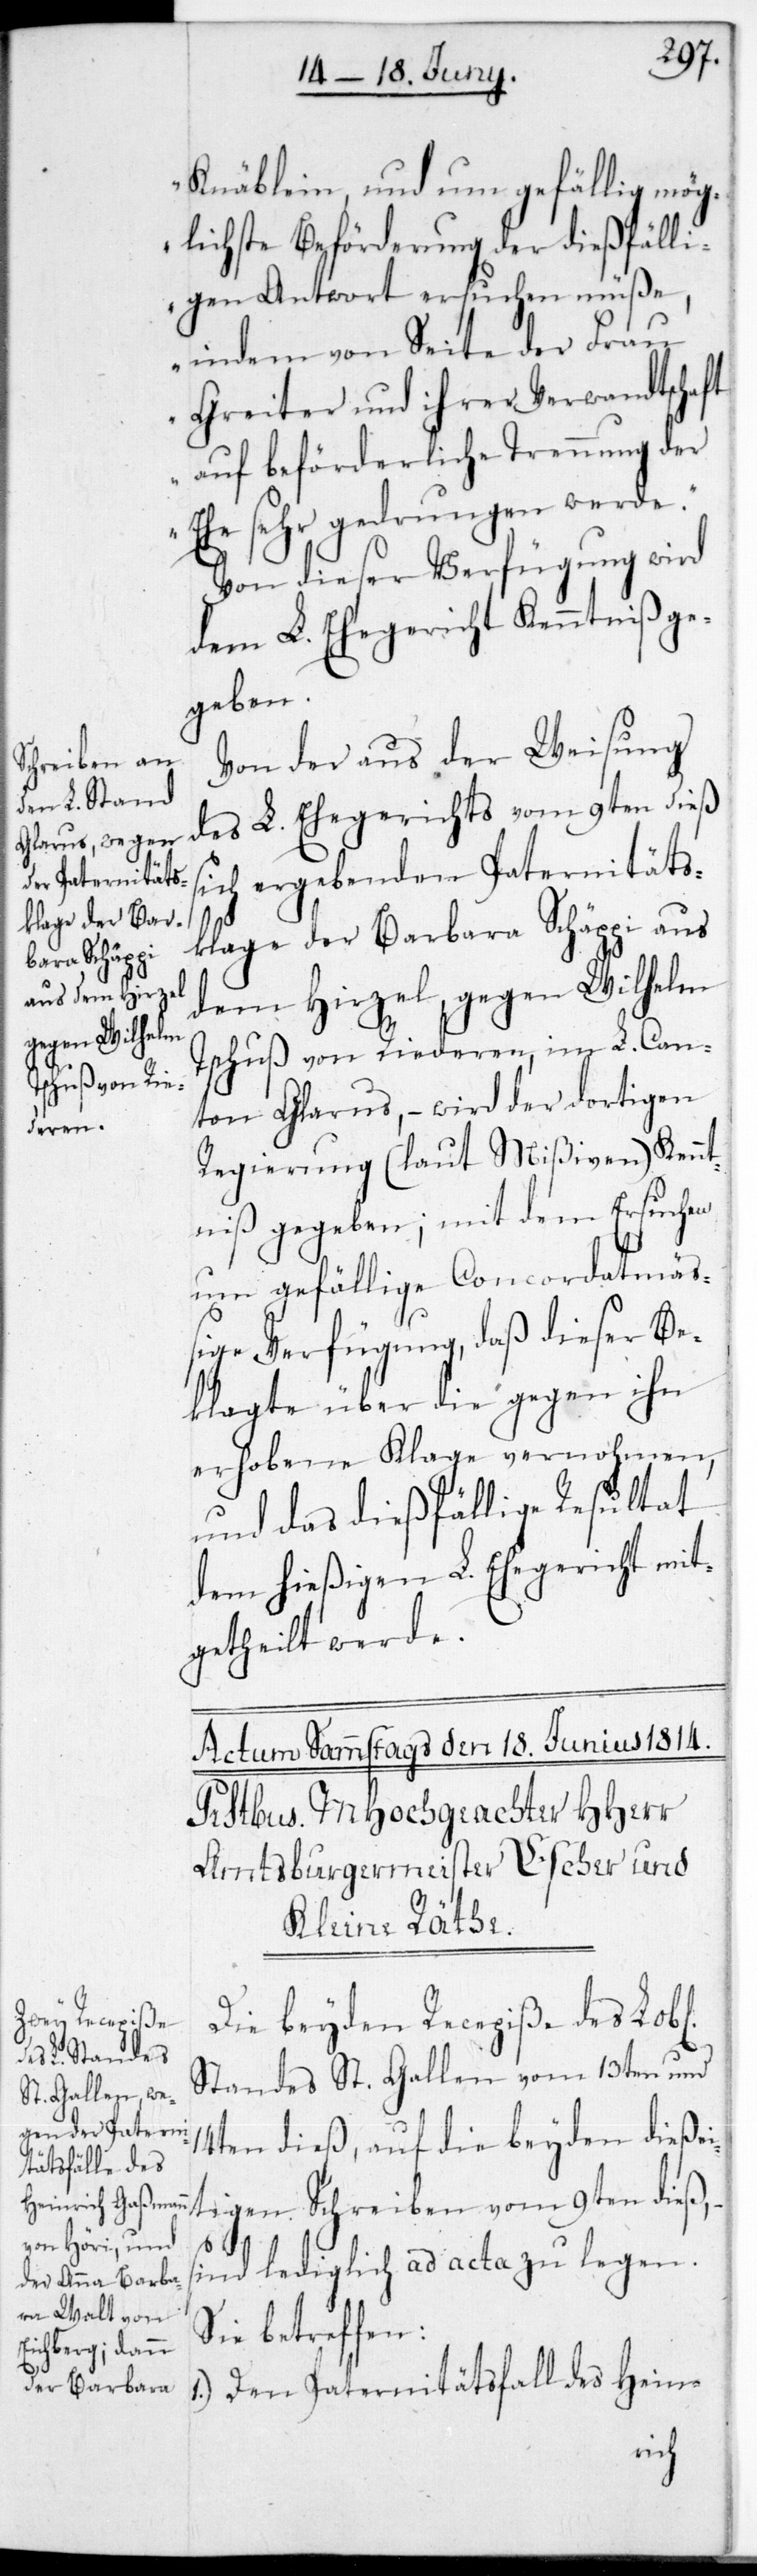
Knäblein, und um gefällig mög¬
lichste Beförderung der dießfälli¬
gen Antwort ersuchen müße,
indem von Seite der Frau
Greiter und ihrer Verwandtschaft
auf beförderliche Trennung der
Ehe sehr gedrungen werde.“
Von dieser Verfügung wird
dem L. Ehegericht Kenntniß ge¬
geben.
Von der aus der Weisung
des L. Ehegerichts vom 9ten dieß
sich ergebenden Paternitäts¬
klage der Barbara Schäppi aus
dem Hirzel, gegen Wilhelm
Tschuß von Riederen im L. Can¬
ton Glarus, – wird der dortigen
Regierung (laut Mißiven) Kenn¬
tniß gegeben; mit dem Ersuchen,
um gefällige concordatmä¬
ßige Verfügung, daß dieser Be¬
klagte über die gegen ihn
erhobene Klage vernommen,
und das dießfällige Resultat
dem hießigen L. Ehegericht mit¬
getheilt werde.
Die beyden Recepiße des L.
Standes St. Gallen vom 13ten und
14ten dieß, auf die beyden dießei¬
tigen Schreiben vom 9ten dieß,
sind lediglich ad acta zu legen.
Sie betreffen:
1.) Den Paternitätsfall des Hein-